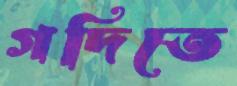
গদিতে